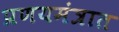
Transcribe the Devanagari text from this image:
प्रणयमंत्रात